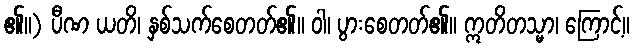
၏။) ပီဏ ယတိ၊ နှစ်သက်စေတတ်၏။ ဝါ၊ ပွားစေတတ်၏။ ဣတိတသ္မာ၊ ကြောင့်။